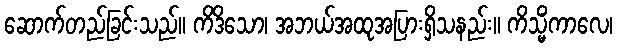
ဆောက်တည်ခြင်းသည်။ ကိဒိသော၊ အဘယ်အထုအပြားရှိသနည်း။ ကိသ္မိံကာလေ၊